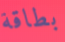
بطاقة